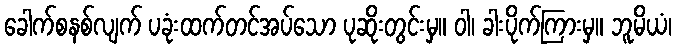
ခေါက်စနစ်လျက် ပခုံးထက်တင်အပ်သော ပုဆိုးတွင်းမှ။ ဝါ၊ ခါးပိုက်ကြားမှ။ ဘူမိယံ၊